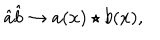
LaTeX: \hat { a } \hat { b } \rightarrow a ( x ) \star b ( x ) ,